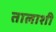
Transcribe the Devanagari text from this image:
तालाशी